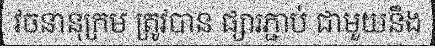
វចនានុក្រម ត្រូវបាន ផ្សារភ្ជាប់ ជាមួយនឹង